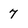
Character: 7